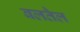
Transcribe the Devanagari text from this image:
बलतैल